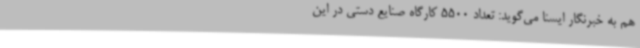
هم به خبرنگار ایسنا می‌گوید: تعداد 5500 کارگاه صنایع دستی در این